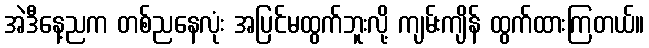
အဲဒီနေ့ညက တစ်ညနေလုံး အပြင်မထွက်ဘူးလို့ ကျမ်းကျိန် ထွက်ထားကြတယ်။